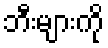
ဘီးများကို